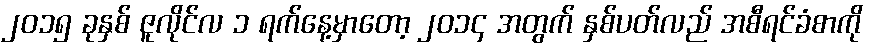
၂၀၁၅ ခုနှစ် ဇူလိုင်လ ၁ ရက်နေ့မှာတော့ ၂၀၁၄ အတွက် နှစ်ပတ်လည် အစီရင်ခံစာကို